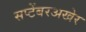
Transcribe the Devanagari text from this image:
सप्टेंबरअखेर